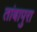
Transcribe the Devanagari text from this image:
तांबापुरा